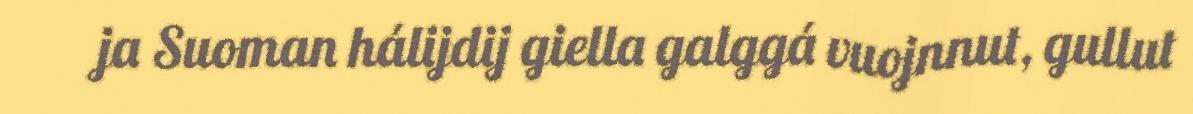
ja Suoman hálijdij giella galggá vuojnnut, gullut